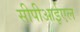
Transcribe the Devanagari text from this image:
सीपीआईएल